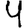
Digit: 4